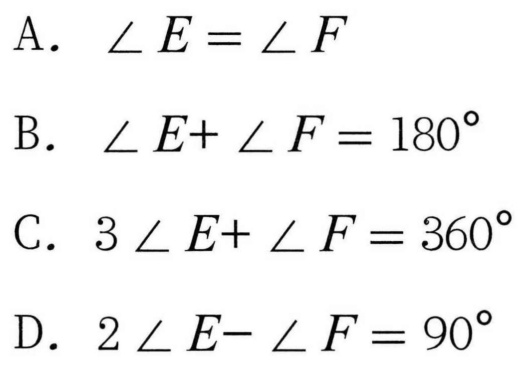
A. \(\angle E=\angle F\)
B. \(\angle E + \angle F=180^{\circ}\)
C. \(3\angle E+\angle F = 360^{\circ}\)
D. \(2\angle E-\angle F=90^{\circ}\)